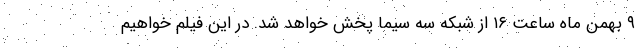
۹ بهمن ماه ساعت ۱۶ از شبکه سه سیما پخش خواهد شد. در این فیلم خواهیم